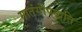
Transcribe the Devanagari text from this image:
मातंगीपद्धति